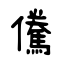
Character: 儯